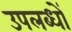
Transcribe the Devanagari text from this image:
उपलब्धों